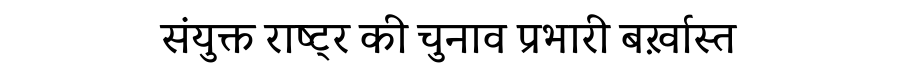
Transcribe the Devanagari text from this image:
संयुक्त राष्ट्र की चुनाव प्रभारी बर्ख़ास्त